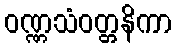
ဝဏ္ဏသံဝတ္တနိကာ